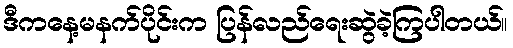
ဒီကနေ့မနက်ပိုင်းက ပြန်လည်ရေးဆွဲခဲ့ကြပါတယ်။